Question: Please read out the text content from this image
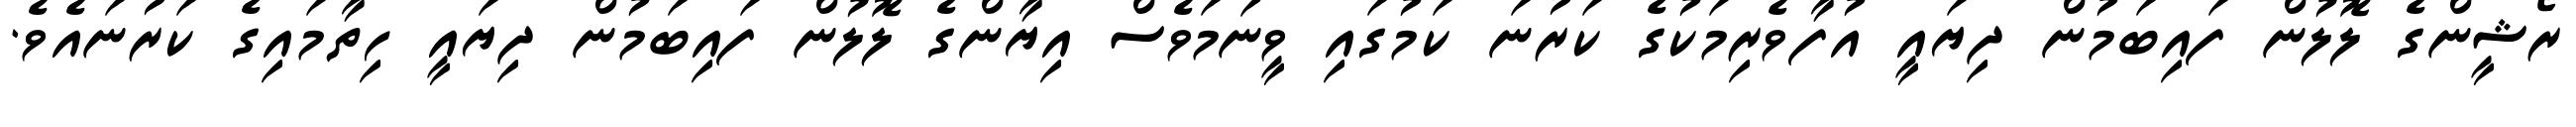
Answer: ރޯޝީންގެ ލޮލުން ފައިބަމުން ދިޔައީ އުފާވެރިމަކުގެ ކަރުނަ ކަމުގައި ވީނަމަވެސް އިޔާންގެ ލޮލުން ފައިބަމުން ދިޔައީ ހިތާމައިގެ ކަރުނައެވެ.